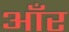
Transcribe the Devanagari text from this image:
आँर